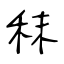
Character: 秣